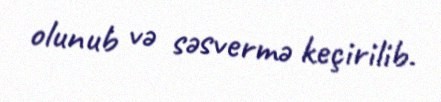
olunub və səsvermə keçirilib.